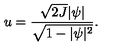
u = \frac { \sqrt { 2 J } \vert \psi \vert } { \sqrt { 1 - \vert \psi \vert ^ { 2 } } } .